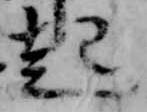
起